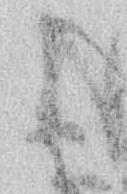
よ